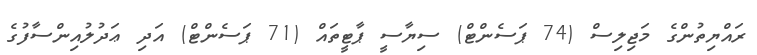
ރައްޔިތުންގެ މަޖިލިސް (74 ޕަސެންޓް) ސިޔާސީ ޕާޓީތައް (71 ޕަސެންޓް) އަދި ޢަދުލުއިންސާފުގެ